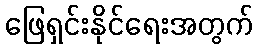
ဖြေရှင်းနိုင်ရေးအတွက်